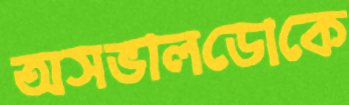
অসভালডোকে